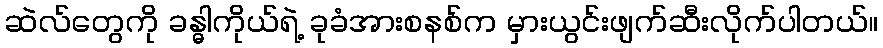
ဆဲလ်တွေကို ခန္ဓါကိုယ်ရဲ့ ခုခံအားစနစ်က မှားယွင်းဖျက်ဆီးလိုက်ပါတယ်။